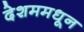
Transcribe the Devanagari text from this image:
देशममधून